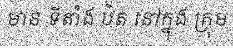
មាន ទីតាំង ឋិត នៅក្នុង ក្រុម